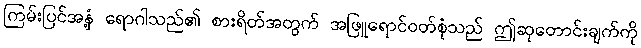
ကြမ်းပြင်အနှံ့ ရောဂါသည်၏ စားရိတ်အတွက် အဖြူရောင်ဝတ်စုံသည် ဤဆုတောင်းချက်ကို